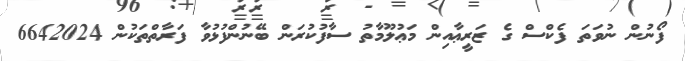
ފޯނުން ނުވަތަ ފެކްސް ގެ ޒަރީޢާއިން މަޢުލޫމާތު ސާފުކުރަން ބޭނުންފުޅުވާ ފަރާތްތަކުން 6642024